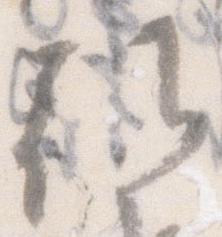
朝